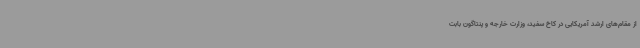
از مقام‌های ارشد آمریکایی در کاخ سفید، وزارت خارجه و پنتاگون بابت